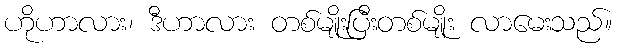
ဟိုဟာလား၊ ဒီဟာလား တစ်မျိုးပြီးတစ်မျိုး လာမေးသည်။